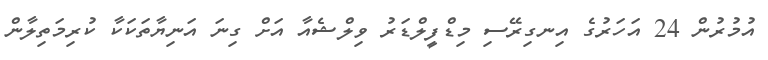
އުމުރުން 24 އަހަރުގެ އިނގިރޭސި މިޑްފީލްޑަރު ވިލްޝެއާ އަށް ގިނަ އަނިޔާތަކަކާ ކުރިމަތިލާން